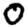
Digit: 0